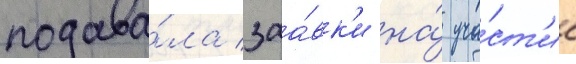
подава́ла заа́вк'и на́ уча́ст'ие